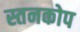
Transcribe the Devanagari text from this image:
स्तनकोप